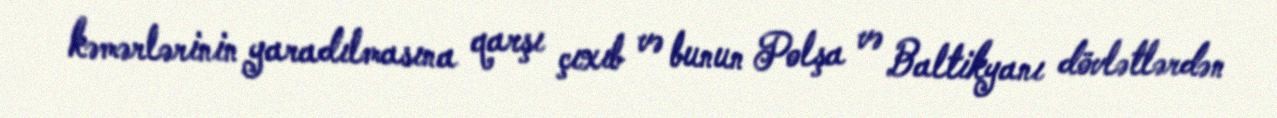
kəmərlərinin yaradılmasına qarşı çıxıb və bunun Polşa və Baltikyanı dövlətlərdən